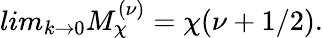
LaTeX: lim_{k\rightarrow 0}M_{\chi}^{(\nu)}=\chi(\nu+1/2).